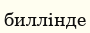
биллінде